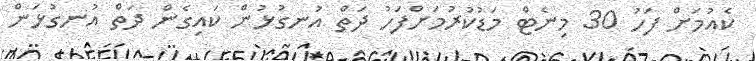
ކެއުމަށް ފަހު 30 މިނެޓް މަޑުކުރުމަށްފަހު ދަތް އުނގުޅުން ކައިގެން ދަތް އުނގުޅަން